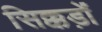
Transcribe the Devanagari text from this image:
सिक्कड़ों